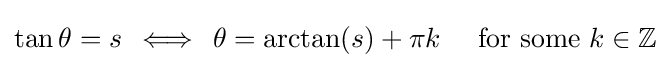
\tan \theta =s\,\iff \,\theta =\arctan(s)+\pi k\quad {\text{ for some }}k\in \mathbb {Z}